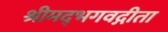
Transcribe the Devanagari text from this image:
श्रीमद्‌भगवद्गीता